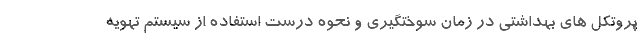
پروتکل های بهداشتی در زمان سوختگیری و نحوه درست استفاده از سیستم تهویه